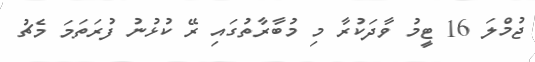
ޖުމްލަ 16 ޓީމު ވާދަކުރާ މި މުބާރާތުގައި ރޭ ކުޅުނު ފުރަތަމަ މެޗު